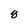
Character: 8